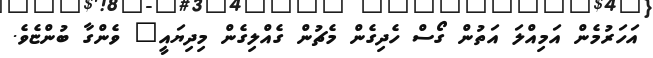
އަހަރުމެން އަމިއްލަ އަތުން ގޯސް ހެދިގެން މެޗުން ގެއްލިގެން މިދިޔައީ" ވެންގާ ބުންޏެވެ.